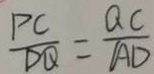
\frac { P C } { D Q } = \frac { Q C } { A D }